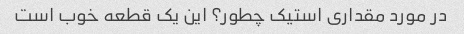
در مورد مقداری استیک چطور؟ این یک قطعه خوب است